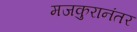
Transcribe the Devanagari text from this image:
मजकुरानंतर